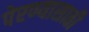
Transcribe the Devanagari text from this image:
पेरण्यासाठी